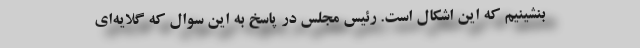
بنشینیم که این اشکال است. رئیس مجلس در پاسخ به این سوال که گلایه‌ای